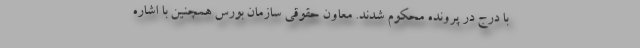
با درج در پرونده محکوم شدند. معاون حقوقی سازمان بورس همچنین با اشاره